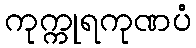
ကုက္ကုရကုဏပံ